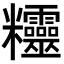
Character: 𥾂